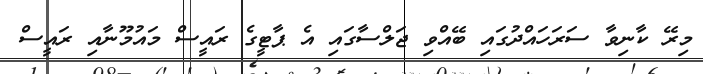
މިރޭ ކާނިވާ ސަރަހައްދުގައި ބޭއްވި ޖަލްސާގައި އެ ޕާޓީގެ ރައީސް މައުމޫނާއި ރައީސް